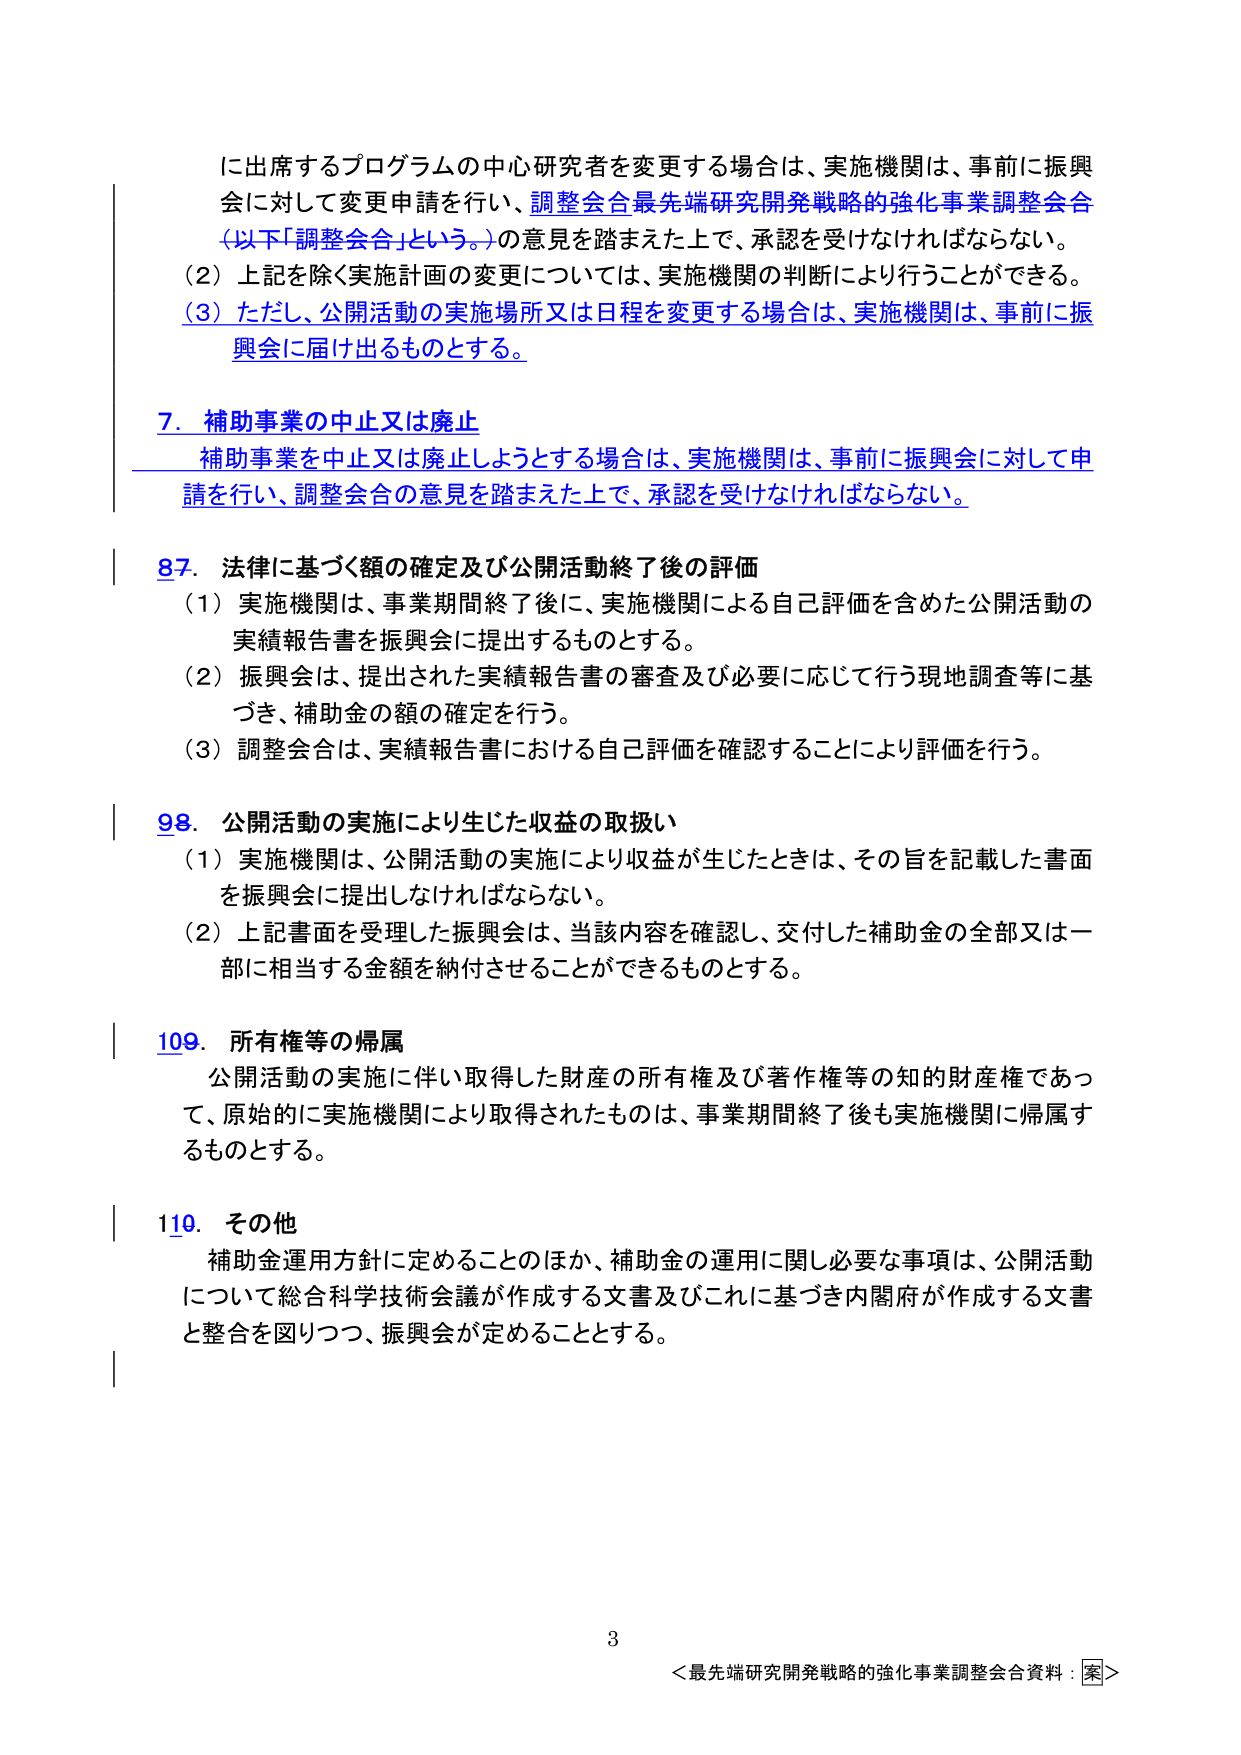
に出席するプログラムの中心研究者を変更する場合は、実施機関は、事前に振興会に対して変更申請を行い、調整会合最先端研究開発戦略的強化事業調整会合（以下「調整会合」という。）の意見を踏まえた上で、承認を受けなければならない。

（2）上記を除く実施計画の変更については、実施機関の判断により行うことができる。

（3）ただし、公開活動の実施場所又は日程を変更する場合は、実施機関は、事前に振興会に届け出るものとする。

7．補助事業の中止又は廃止
補助事業を中止又は廃止しようとする場合は、実施機関は、事前に振興会に対して申請を行い、調整会合の意見を踏まえた上で、承認を受けなければならない。

87．法律に基づく額の確定及び公開活動終了後の評価
（1）実施機関は、事業期間終了後に、実施機関による自己評価を含めた公開活動の実績報告書を振興会に提出するものとする。
（2）振興会は、提出された実績報告書の審査及び必要に応じて行う現地調査等に基づき、補助金の額の確定を行う。
（3）調整会合は、実績報告書における自己評価を確認することにより評価を行う。

98．公開活動の実施により生じた収益の取扱い
（1）実施機関は、公開活動の実施により収益が生じたときは、その旨を記載した書面を振興会に提出しなければならない。
（2）上記書面を受理した振興会は、当該内容を確認し、交付した補助金の全部又は一部に相当する金額を納付させることができるものとする。

109．所有権等の帰属
公開活動の実施に伴い取得した財産の所有権及び著作権等の知的財産権であって、原始的に実施機関により取得されたものは、事業期間終了後も実施機関に帰属するものとする。

110．その他
補助金運用方針に定めることのほか、補助金の運用に関し必要な事項は、公開活動について総合科学技術会議が作成する文書及びこれに基づき内閣府が作成する文書と整合を図りつつ、振興会が定めることとする。

3
＜最先端研究開発戦略的強化事業調整会合資料：案＞